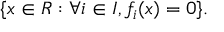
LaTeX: \{ x \in R : \forall i \in I , f _ { i } ( x ) = 0 \} .